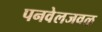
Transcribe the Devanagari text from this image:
पनवेलजवळ